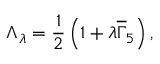
\Lambda _ { \lambda } = \frac 1 2 \left( 1 + \lambda \overline { { { \Gamma } } } _ { 5 } \right) ,